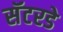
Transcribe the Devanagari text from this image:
सॅटरडे